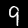
Label: 9